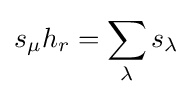
\displaystyle s_{\mu }h_{r}=\sum _{\lambda }s_{\lambda }